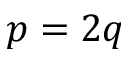
p = 2 q